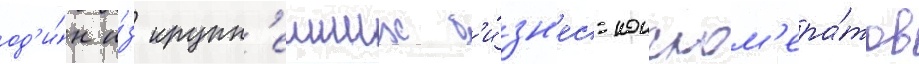
од'и́н и́з крупн'еиших б'и́зн'ес-конглом'ера́тов